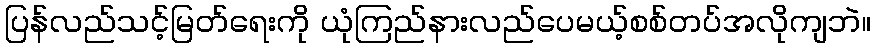
ပြန်လည်သင့်မြတ်ရေးကို ယုံကြည်နားလည်ပေမယ့်စစ်တပ်အလိုကျဘဲ။